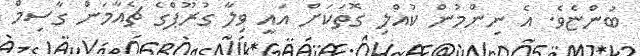
ބުންޏެވެ. އެ ނިންމުން ކުއްލި ގޮތަކަށް އައީ ވިލާ ގުރޫޕްގެ ޗެއާމަން ގާސިމް